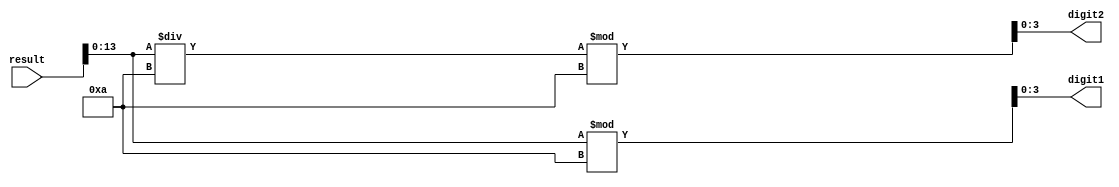
module Splitter (input [14:0] result, output reg[3:0] digit1,output reg[3:0]digit2);
always @ (result) begin
digit1 = result[13:0] % 4'b1010;
digit2 = (result[13:0]/4'b1010) % 4'b1010;

end
endmodule